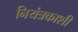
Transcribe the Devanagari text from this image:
नियंत्रकाशी